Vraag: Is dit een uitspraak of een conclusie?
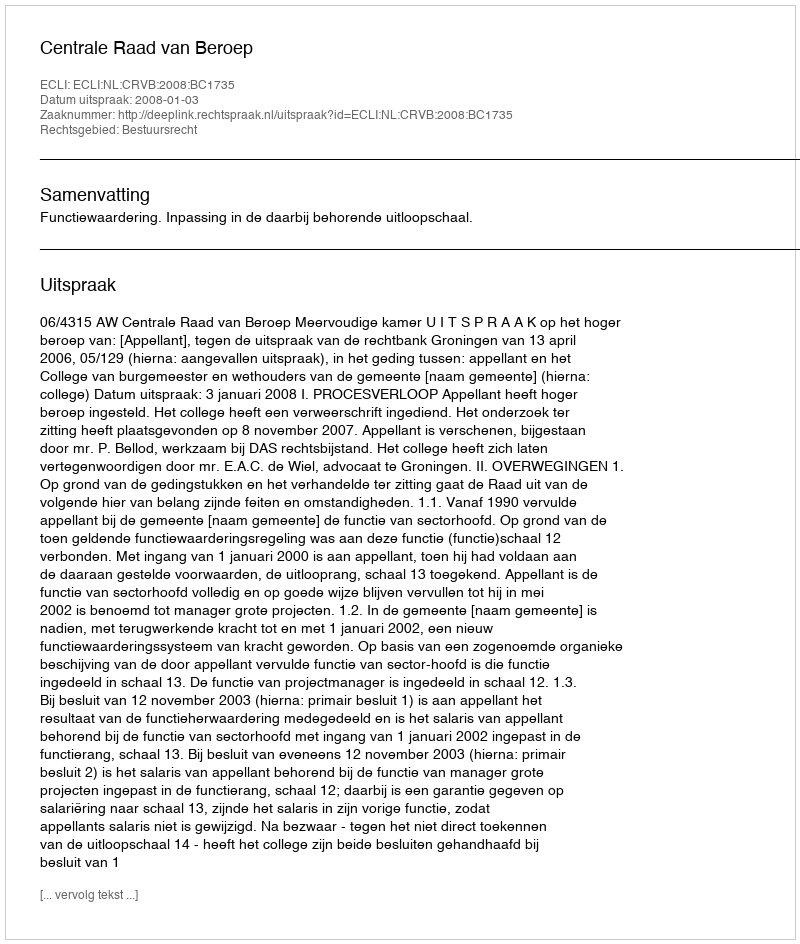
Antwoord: Uitspraak